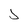
Character: J